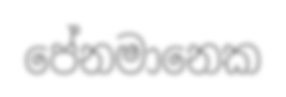
පේනමානෙක